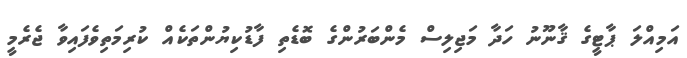
އަމިއްލަ ޕާޓީގެ ޤާނޫނު ހަދާ މަޖިލިސް މެންބަރުންގެ ބޮޑެތި ފާޑުކިޔުންތަކެއް ކުރިމަތިވެފައިވާ ޖެރެމީ